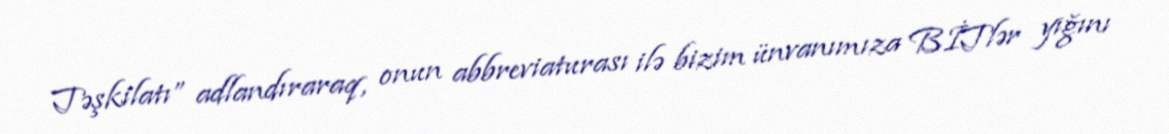
Təşkilatı” adlandıraraq, onun abbreviaturası ilə bizim ünvanımıza BİTlər yığını